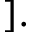
] .